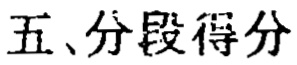
五、分段得分